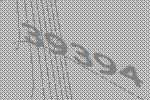
39394